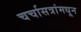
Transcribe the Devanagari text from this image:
चर्चासत्रांमधून